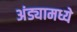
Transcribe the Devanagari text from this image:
अंड्यामध्ये